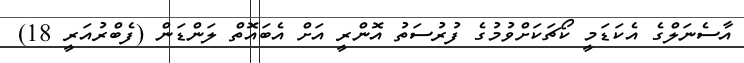
އާސެނަލްގެ އެކަޑަމީ ކޯޗަކަށްވުމުގެ ފުރުސަތު އޮންރީ އަށް އެބައޮތް ލަންޑަން (ފެބްރުއަރީ 18)